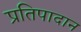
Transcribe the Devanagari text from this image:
प्रतिपादान